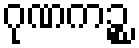
ဂုဏကဉ္စ